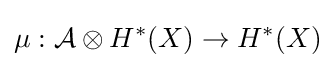
\mu :{\mathcal {A}}\otimes H^{*}(X)\to H^{*}(X)